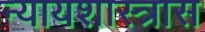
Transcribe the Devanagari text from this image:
न्यायशास्त्रास